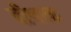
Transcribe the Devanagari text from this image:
दीवला